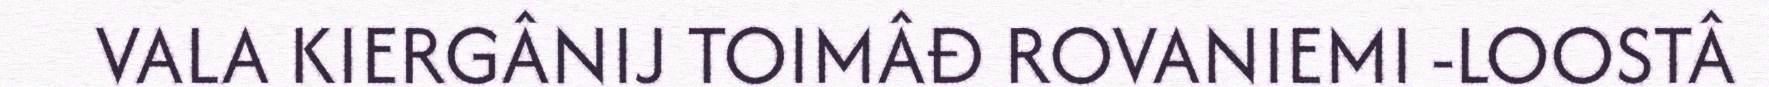
VALA KIERGÂNIJ TOIMÂĐ ROVANIEMI -LOOSTÂ